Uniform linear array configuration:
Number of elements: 16
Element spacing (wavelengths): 0.25
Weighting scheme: binomial
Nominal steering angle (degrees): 45
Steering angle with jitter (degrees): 43.466
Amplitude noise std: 0.05
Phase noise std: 0.05

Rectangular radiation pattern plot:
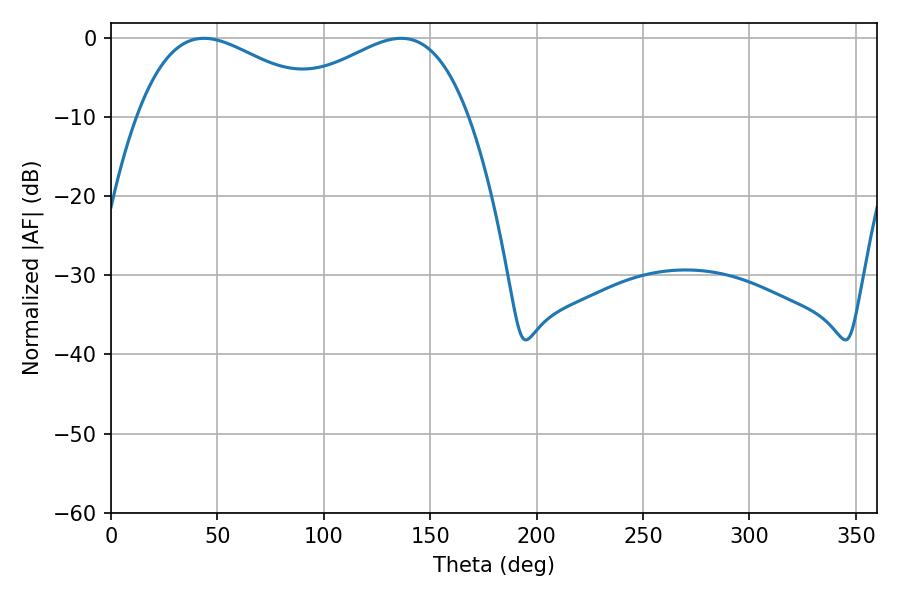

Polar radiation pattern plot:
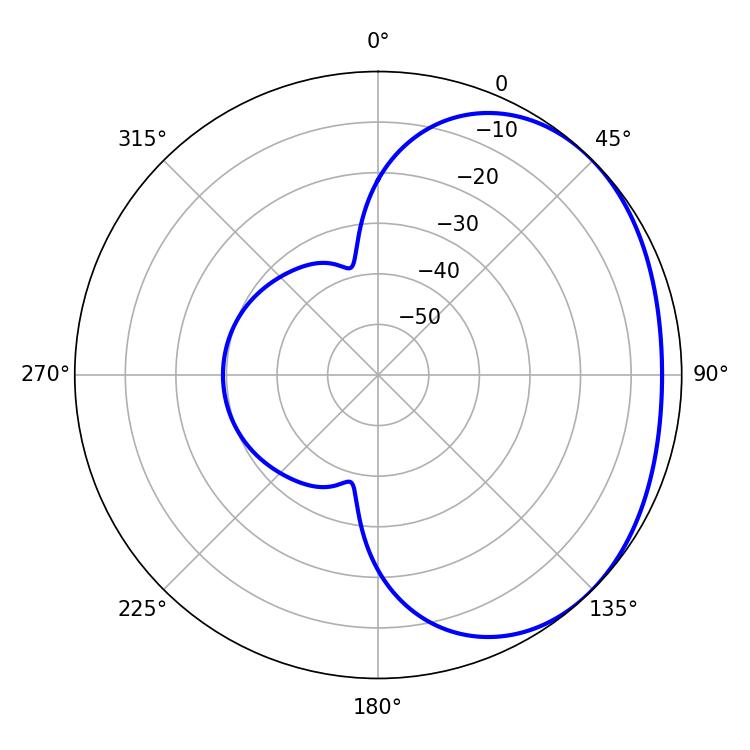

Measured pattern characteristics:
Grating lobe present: FALSE
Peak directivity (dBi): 1.966
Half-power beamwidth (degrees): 49.32
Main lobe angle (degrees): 43.74